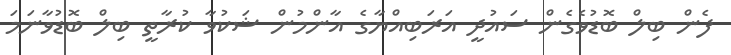
ފެން ބިލް ބޮޑުވެގެން ސައުދީ އަރަބިއްޔާގެ އާންމުން ޝަކުވާ ކުރާތީ ބިލް ބޮޑުވާނަމަ